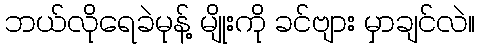
ဘယ်လိုရေခဲမုန့် မျိုးကို ခင်ဗျား မှာချင်လဲ။